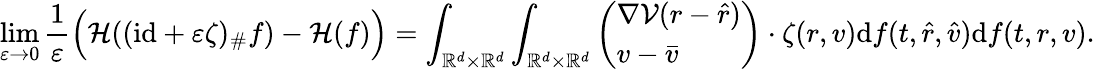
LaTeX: \operatorname*{lim}_{\varepsilon\rightarrow 0}\frac{1}{\varepsilon}\Big(\mathcal H((\mathrm{id}+\varepsilon\zeta)_{\# }f)-\mathcal H(f)\Big)=\int_{\mathbb R^{d}\times\mathbb R^{d}}\int_{\mathbb R^{d}\times\mathbb R^{d}}\left(\begin{array}{l}{\nabla\mathcal V(r-\hat{r})}\\ {v-\bar{v}}\end{array}\right)\cdot\zeta(r,v)\mathrm df(t,\hat{r},\hat{v})\mathrm df(t,r,v).